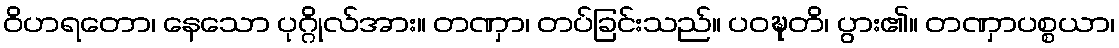
ဝိဟရတော၊ နေသော ပုဂ္ဂိုလ်အား။ တဏှာ၊ တပ်ခြင်းသည်။ ပဝဍ္ဎတိ၊ ပွား၏။ တဏှာပစ္စယာ၊